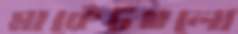
মার্কেটগুলো